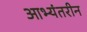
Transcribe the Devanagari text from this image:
आभ्यंतरीन